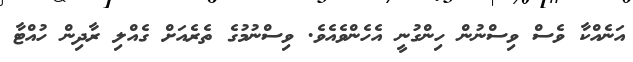
އަނެއްކާ ވެސް ވިސްނުން ހިންގުނީ އެހެންވެއެވެ. ވިސްނުމުގެ ތެރެއަށް ގެއްލި ރާދިން ހުއްޓާ